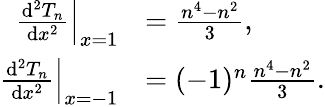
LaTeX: \begin{array}{rl}{\left.{\frac{\mathrm{d}^{2}T_{n}}{\mathrm{d}x^{2}}}\right|_{x=1}\! \! }&{{}={\frac{n^{4}-n^{2}}{3}},}\\ {\left.{\frac{\mathrm{d}^{2}T_{n}}{\mathrm{d}x^{2}}}\right|_{x=-1}\! \! }&{{}=(-1)^{n}{\frac{n^{4}-n^{2}}{3}}.}\end{array}